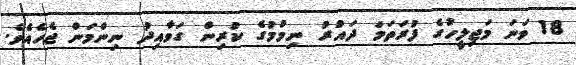
18 ވަނަ މަޖިލީހުގެ ފުރަތަމަ ދައުރު ނިމުމުގެ ކުރިން ގަވާއިދު ނިންމަން ޖެހެއެވެ.